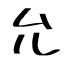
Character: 允